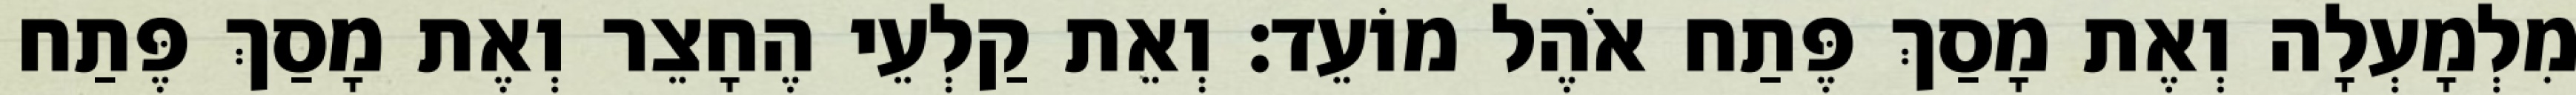
מִלְמָעְלָה וְאֶת מָסַךְ פֶּתַח אֹהֶל מוֹעֵד׃ וְאֵת קַלְעֵי הֶחָצֵר וְאֶת מָסַךְ פֶּתַח